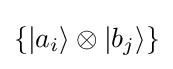
\{|{a_{i}}\rangle \otimes |{b_{j}}\rangle \}